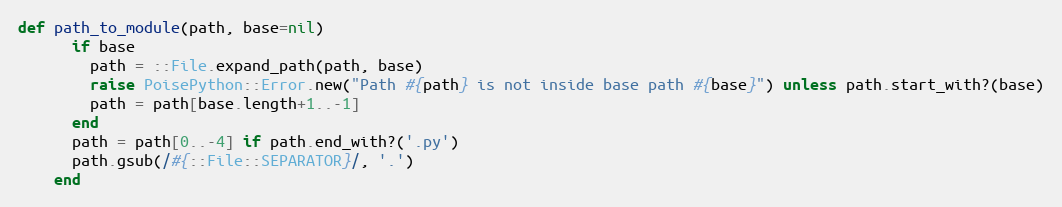
Language: Ruby
def path_to_module(path, base=nil)
      if base
        path = ::File.expand_path(path, base)
        raise PoisePython::Error.new("Path #{path} is not inside base path #{base}") unless path.start_with?(base)
        path = path[base.length+1..-1]
      end
      path = path[0..-4] if path.end_with?('.py')
      path.gsub(/#{::File::SEPARATOR}/, '.')
    end